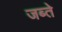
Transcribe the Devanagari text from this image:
जब्ते